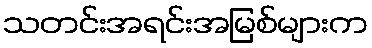
သတင်းအရင်းအမြစ်များက